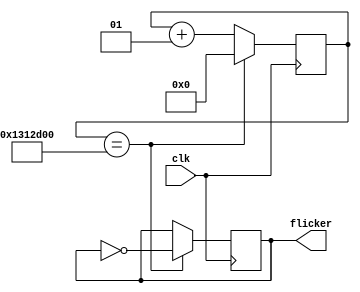
`timescale 1ns / 1ps
//////////////////////////////////////////////////////////////////////////////////
// Company: 
// Engineer: 
// 
// Design Name: 
// Module Name: flicker_light
// Project Name: 
// Target Devices: 
// Tool Versions: 
// Description: 
// 
// Dependencies: 
// 
// Revision:
// Revision 0.01 - File Created
// Additional Comments:
// 
//////////////////////////////////////////////////////////////////////////////////


module flicker_light(
input clk,
output reg flicker
    );
    integer count;
    reg clk2 = 1'b1;
    
    always @(posedge clk) begin
    if(count == 20000000) begin count <= 0; clk2 <= ~clk2; end
    else count <= count + 1;
    end
    
    always@(*) begin
    flicker <= clk2;
    end
    
endmodule